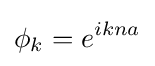
\phi _{k}=e^{ikna}